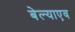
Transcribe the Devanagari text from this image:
बेल्याएव